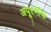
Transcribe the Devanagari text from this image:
अपूरर्णांक